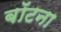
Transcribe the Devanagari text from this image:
बॉटना